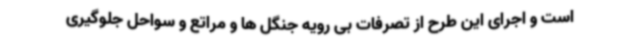
است و اجرای این طرح از تصرفات بی رویه جنگل ها و مراتع و سواحل جلوگیری